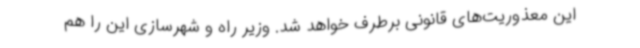
این معذوریت‌های قانونی برطرف خواهد شد. وزیر راه و شهرسازی این را هم